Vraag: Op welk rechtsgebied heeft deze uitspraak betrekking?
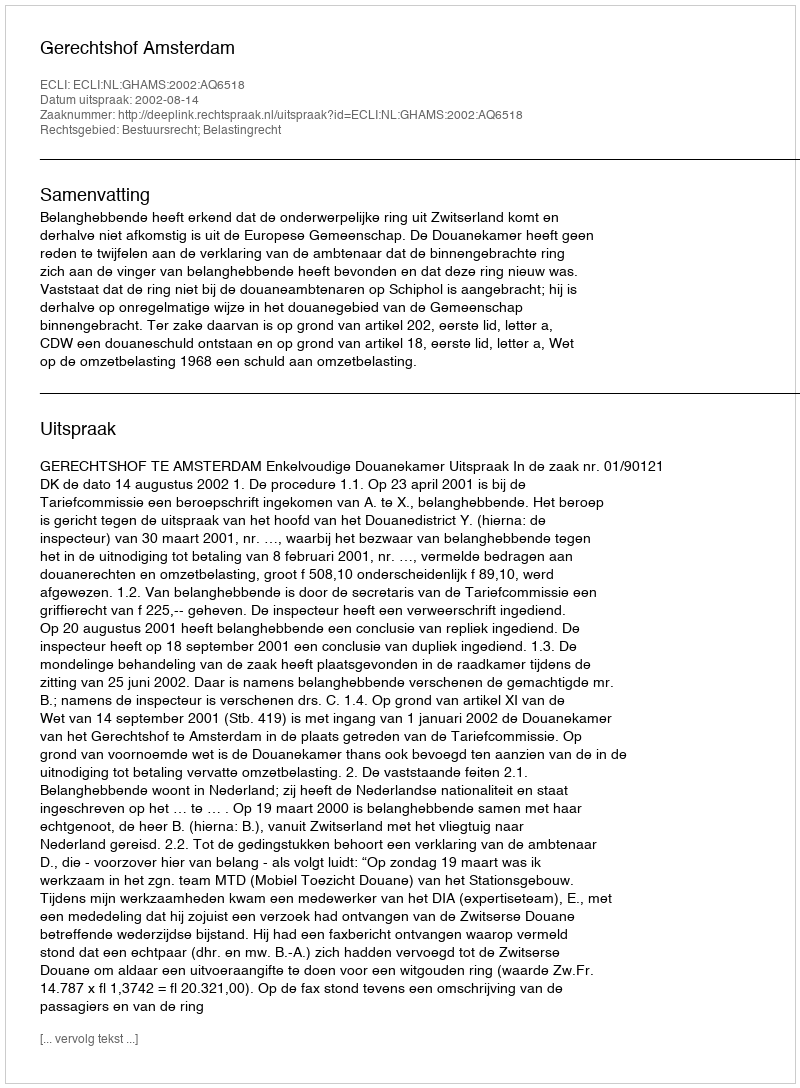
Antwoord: Bestuursrecht; Belastingrecht